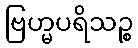
ဗြဟ္မပရိသဉ္စ